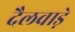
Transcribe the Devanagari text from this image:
दैलवाड़े